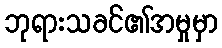
ဘုရားသခင်၏အမှုမှာ